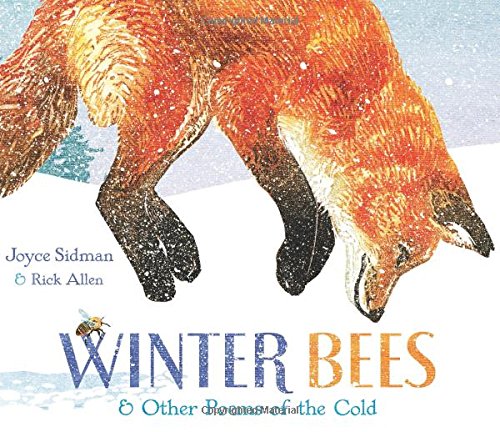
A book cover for Winter Bees & Other Poems of the Cold (Junior Library Guild Selection); Joyce Sidman; Children's Books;